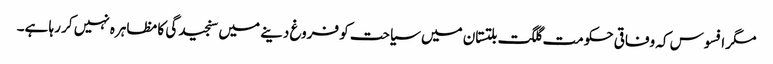
مگر افسوس کہ وفاقی حکومت گلگت بلتستان میں سیاحت کو فروغ دینے میں سنجیدگی کا مظاہرہ نہیں کر رہا ہے۔